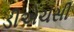
ડીએચસી